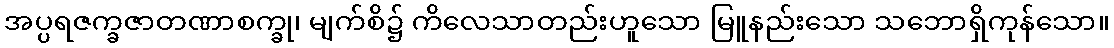
အပ္ပရဇက္ခဇာတဏာစက္ခု၊ မျက်စိ၌ ကိလေသာတည်းဟူသော မြူနည်းသော သဘောရှိကုန်သော။